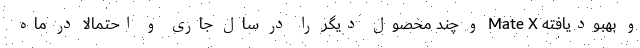
و بهبودیافته Mate X و چند محصول دیگر را در سال جاری و احتمالا در ماه